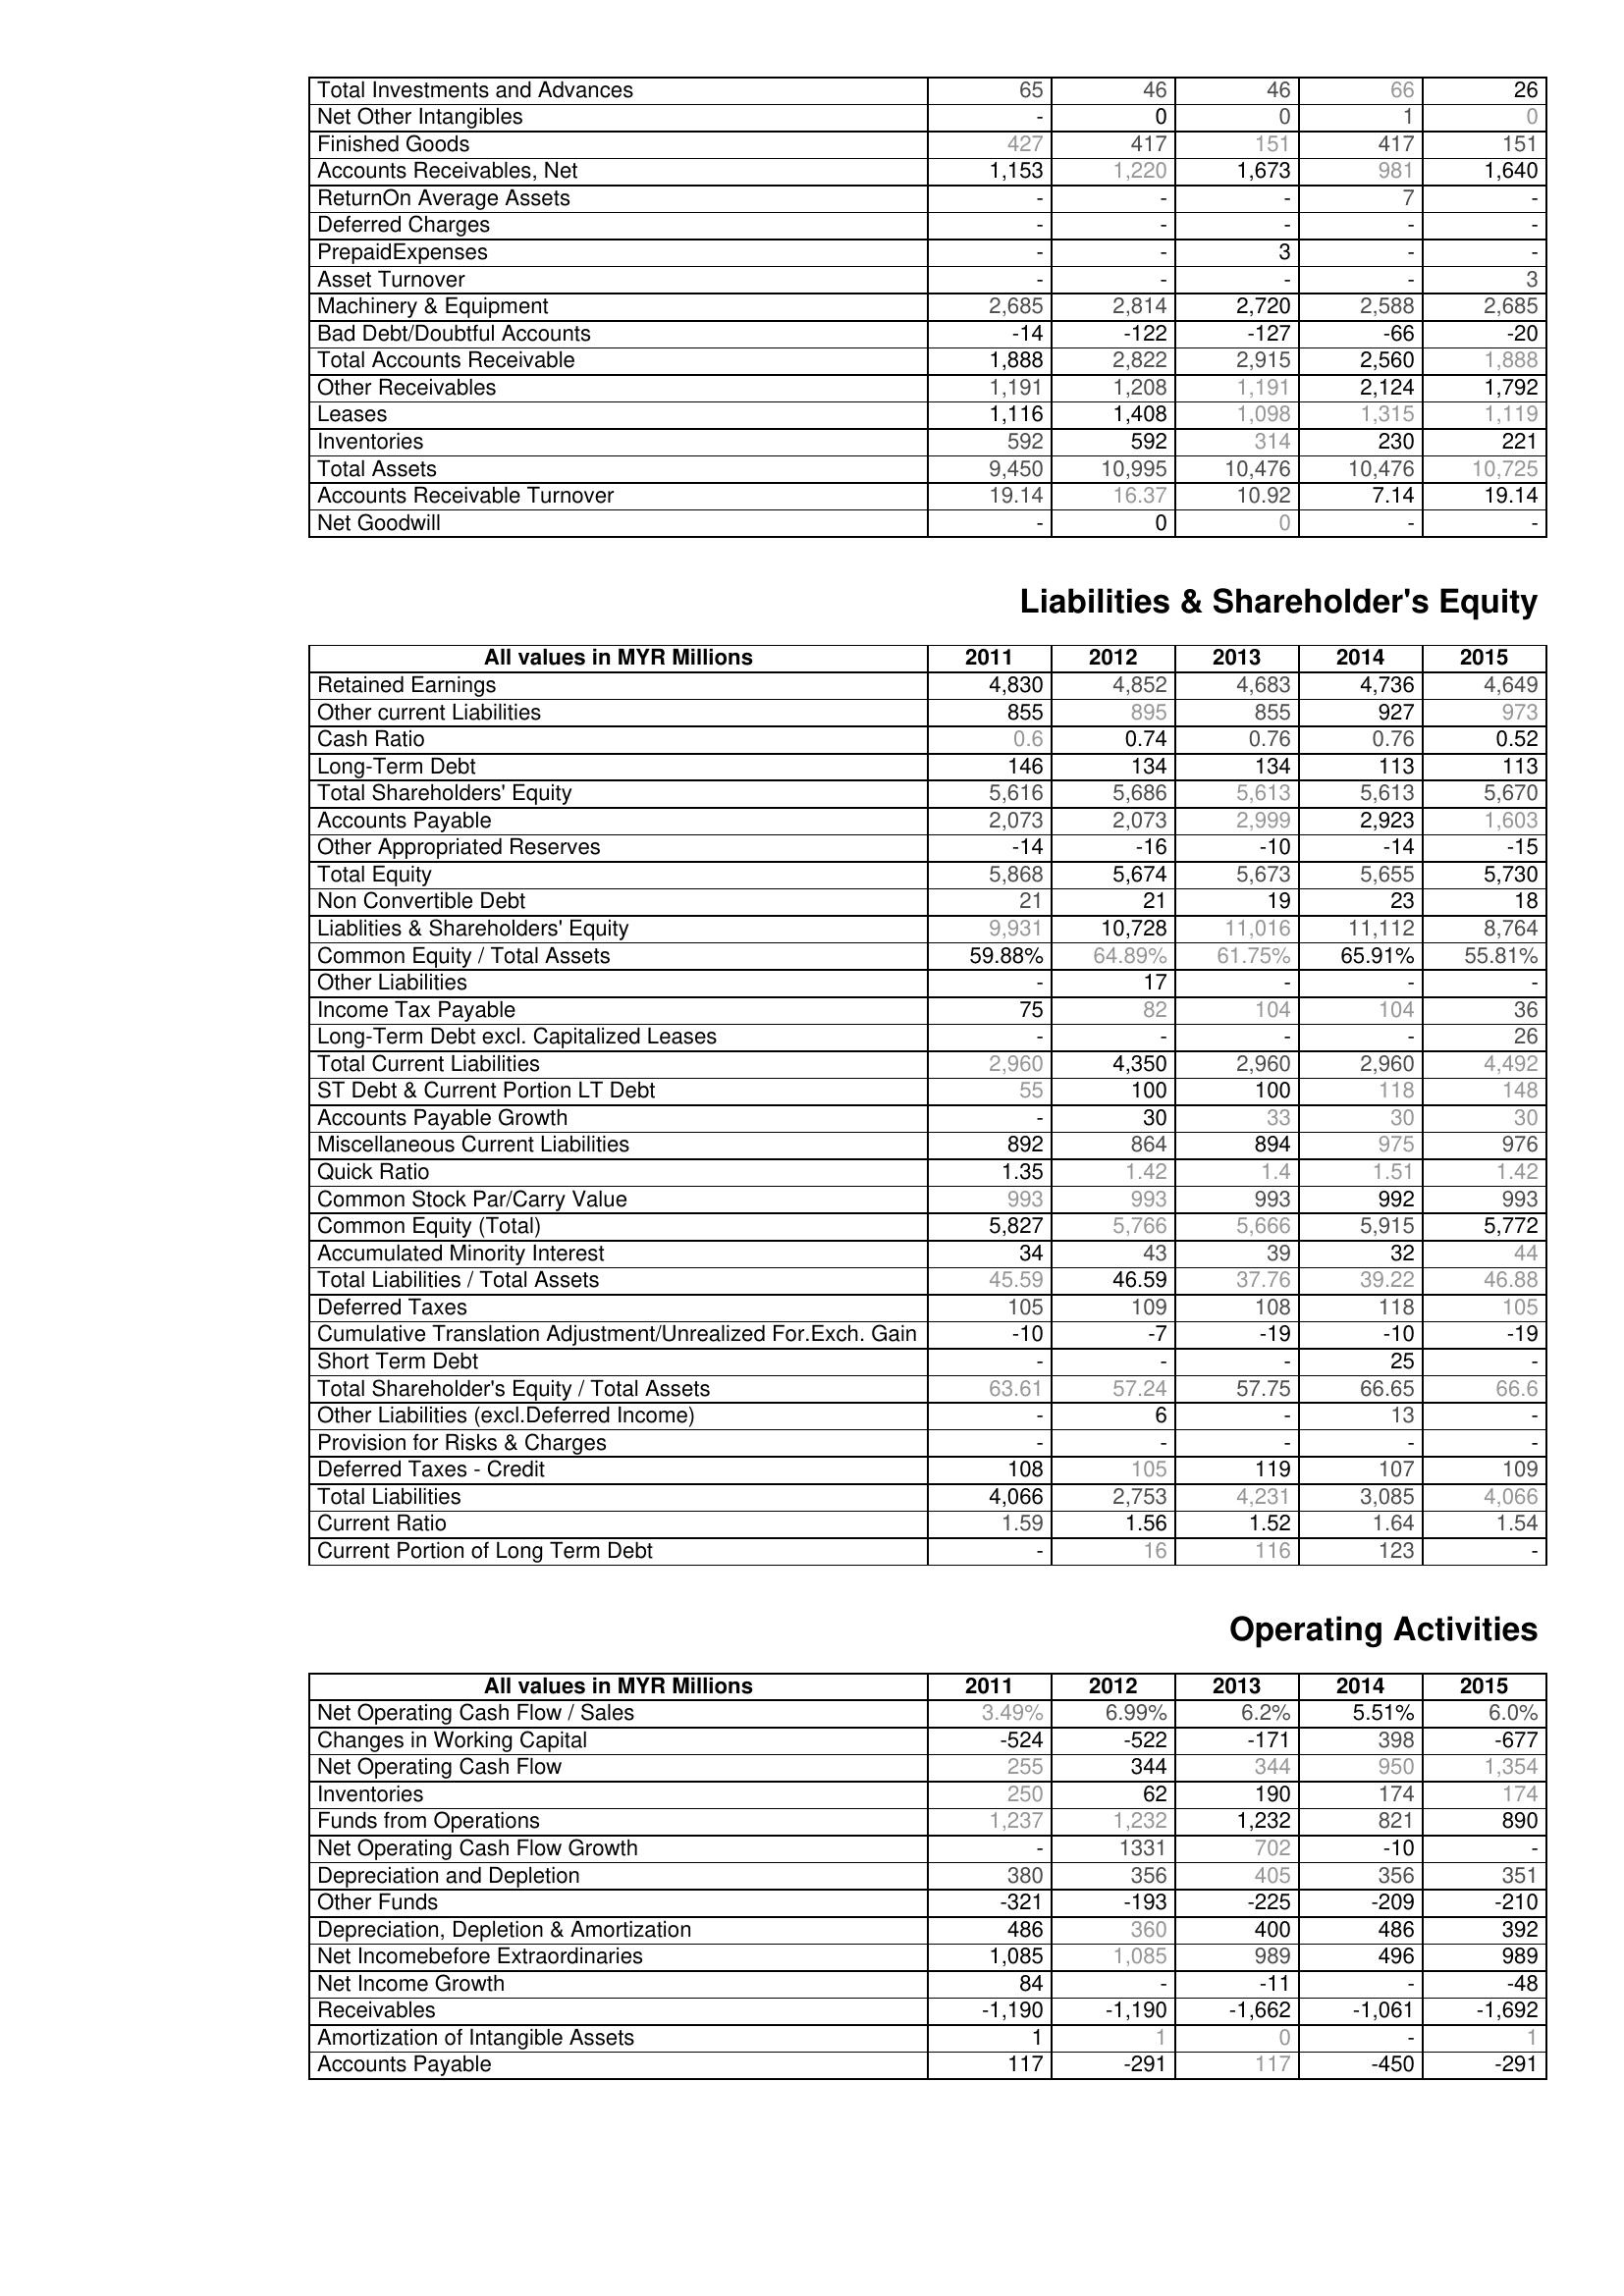
2011: Assets: Total Investments and Advances: 65
Net Other Intangibles: -
Finished Goods: 427
Accounts Receivables, Net: 1,153
ReturnOn Average Assets: -
Deferred Charges: -
PrepaidExpenses: -
Asset Turnover: -
Machinery & Equipment: 2,685
Bad Debt/Doubtful Accounts: -14
Total Accounts Receivable: 1,888
Other Receivables: 1,191
Leases: 1,116
Inventories: 592
Total Assets: 9,450
Accounts Receivable Turnover: 19.14
Net Goodwill: -
Liabilities & Shareholder's Equity: Retained Earnings: 4,830
Other current Liabilities: 855
Cash Ratio: 0.6
Long-Term Debt: 146
Total Shareholders' Equity: 5,616
Accounts Payable: 2,073
Other Appropriated Reserves: -14
Total Equity: 5,868
Non Convertible Debt: 21
Liablities & Shareholders' Equity: 9,931
Common Equity / Total Assets: 59.88%
Other Liabilities: -
Income Tax Payable: 75
Long-Term Debt excl. Capitalized Leases: -
Total Current Liabilities: 2,960
ST Debt & Current Portion LT Debt: 55
Accounts Payable Growth: -
Miscellaneous Current Liabilities: 892
Quick Ratio: 1.35
Common Stock Par/Carry Value: 993
Common Equity (Total): 5,827
Accumulated Minority Interest: 34
Total Liabilities / Total Assets: 45.59
Deferred Taxes: 105
Cumulative Translation Adjustment/Unrealized For.Exch. Gain: -10
Short Term Debt: -
Total Shareholder's Equity / Total Assets: 63.61
Other Liabilities (excl.Deferred Income): -
Provision for Risks & Charges: -
Deferred Taxes - Credit: 108
Total Liabilities: 4,066
Current Ratio: 1.59
Current Portion of Long Term Debt: -
Operating Activities: Net Operating Cash Flow / Sales: 3.49%
Changes in Working Capital: -524
Net Operating Cash Flow: 255
Inventories: 250
Funds from Operations: 1,237
Net Operating Cash Flow Growth: -
Depreciation and Depletion: 380
Other Funds: -321
Depreciation, Depletion & Amortization: 486
Net Incomebefore Extraordinaries: 1,085
Net Income Growth: 84
Receivables: -1,190
Amortization of Intangible Assets: 1
Accounts Payable: 117
2012: Assets: Total Investments and Advances: 46
Net Other Intangibles: 0
Finished Goods: 417
Accounts Receivables, Net: 1,220
ReturnOn Average Assets: -
Deferred Charges: -
PrepaidExpenses: -
Asset Turnover: -
Machinery & Equipment: 2,814
Bad Debt/Doubtful Accounts: -122
Total Accounts Receivable: 2,822
Other Receivables: 1,208
Leases: 1,408
Inventories: 592
Total Assets: 10,995
Accounts Receivable Turnover: 16.37
Net Goodwill: 0
Liabilities & Shareholder's Equity: Retained Earnings: 4,852
Other current Liabilities: 895
Cash Ratio: 0.74
Long-Term Debt: 134
Total Shareholders' Equity: 5,686
Accounts Payable: 2,073
Other Appropriated Reserves: -16
Total Equity: 5,674
Non Convertible Debt: 21
Liablities & Shareholders' Equity: 10,728
Common Equity / Total Assets: 64.89%
Other Liabilities: 17
Income Tax Payable: 82
Long-Term Debt excl. Capitalized Leases: -
Total Current Liabilities: 4,350
ST Debt & Current Portion LT Debt: 100
Accounts Payable Growth: 30
Miscellaneous Current Liabilities: 864
Quick Ratio: 1.42
Common Stock Par/Carry Value: 993
Common Equity (Total): 5,766
Accumulated Minority Interest: 43
Total Liabilities / Total Assets: 46.59
Deferred Taxes: 109
Cumulative Translation Adjustment/Unrealized For.Exch. Gain: -7
Short Term Debt: -
Total Shareholder's Equity / Total Assets: 57.24
Other Liabilities (excl.Deferred Income): 6
Provision for Risks & Charges: -
Deferred Taxes - Credit: 105
Total Liabilities: 2,753
Current Ratio: 1.56
Current Portion of Long Term Debt: 16
Operating Activities: Net Operating Cash Flow / Sales: 6.99%
Changes in Working Capital: -522
Net Operating Cash Flow: 344
Inventories: 62
Funds from Operations: 1,232
Net Operating Cash Flow Growth: 1331
Depreciation and Depletion: 356
Other Funds: -193
Depreciation, Depletion & Amortization: 360
Net Incomebefore Extraordinaries: 1,085
Net Income Growth: -
Receivables: -1,190
Amortization of Intangible Assets: 1
Accounts Payable: -291
2013: Assets: Total Investments and Advances: 46
Net Other Intangibles: 0
Finished Goods: 151
Accounts Receivables, Net: 1,673
ReturnOn Average Assets: -
Deferred Charges: -
PrepaidExpenses: 3
Asset Turnover: -
Machinery & Equipment: 2,720
Bad Debt/Doubtful Accounts: -127
Total Accounts Receivable: 2,915
Other Receivables: 1,191
Leases: 1,098
Inventories: 314
Total Assets: 10,476
Accounts Receivable Turnover: 10.92
Net Goodwill: 0
Liabilities & Shareholder's Equity: Retained Earnings: 4,683
Other current Liabilities: 855
Cash Ratio: 0.76
Long-Term Debt: 134
Total Shareholders' Equity: 5,613
Accounts Payable: 2,999
Other Appropriated Reserves: -10
Total Equity: 5,673
Non Convertible Debt: 19
Liablities & Shareholders' Equity: 11,016
Common Equity / Total Assets: 61.75%
Other Liabilities: -
Income Tax Payable: 104
Long-Term Debt excl. Capitalized Leases: -
Total Current Liabilities: 2,960
ST Debt & Current Portion LT Debt: 100
Accounts Payable Growth: 33
Miscellaneous Current Liabilities: 894
Quick Ratio: 1.4
Common Stock Par/Carry Value: 993
Common Equity (Total): 5,666
Accumulated Minority Interest: 39
Total Liabilities / Total Assets: 37.76
Deferred Taxes: 108
Cumulative Translation Adjustment/Unrealized For.Exch. Gain: -19
Short Term Debt: -
Total Shareholder's Equity / Total Assets: 57.75
Other Liabilities (excl.Deferred Income): -
Provision for Risks & Charges: -
Deferred Taxes - Credit: 119
Total Liabilities: 4,231
Current Ratio: 1.52
Current Portion of Long Term Debt: 116
Operating Activities: Net Operating Cash Flow / Sales: 6.2%
Changes in Working Capital: -171
Net Operating Cash Flow: 344
Inventories: 190
Funds from Operations: 1,232
Net Operating Cash Flow Growth: 702
Depreciation and Depletion: 405
Other Funds: -225
Depreciation, Depletion & Amortization: 400
Net Incomebefore Extraordinaries: 989
Net Income Growth: -11
Receivables: -1,662
Amortization of Intangible Assets: 0
Accounts Payable: 117
2014: Assets: Total Investments and Advances: 66
Net Other Intangibles: 1
Finished Goods: 417
Accounts Receivables, Net: 981
ReturnOn Average Assets: 7
Deferred Charges: -
PrepaidExpenses: -
Asset Turnover: -
Machinery & Equipment: 2,588
Bad Debt/Doubtful Accounts: -66
Total Accounts Receivable: 2,560
Other Receivables: 2,124
Leases: 1,315
Inventories: 230
Total Assets: 10,476
Accounts Receivable Turnover: 7.14
Net Goodwill: -
Liabilities & Shareholder's Equity: Retained Earnings: 4,736
Other current Liabilities: 927
Cash Ratio: 0.76
Long-Term Debt: 113
Total Shareholders' Equity: 5,613
Accounts Payable: 2,923
Other Appropriated Reserves: -14
Total Equity: 5,655
Non Convertible Debt: 23
Liablities & Shareholders' Equity: 11,112
Common Equity / Total Assets: 65.91%
Other Liabilities: -
Income Tax Payable: 104
Long-Term Debt excl. Capitalized Leases: -
Total Current Liabilities: 2,960
ST Debt & Current Portion LT Debt: 118
Accounts Payable Growth: 30
Miscellaneous Current Liabilities: 975
Quick Ratio: 1.51
Common Stock Par/Carry Value: 992
Common Equity (Total): 5,915
Accumulated Minority Interest: 32
Total Liabilities / Total Assets: 39.22
Deferred Taxes: 118
Cumulative Translation Adjustment/Unrealized For.Exch. Gain: -10
Short Term Debt: 25
Total Shareholder's Equity / Total Assets: 66.65
Other Liabilities (excl.Deferred Income): 13
Provision for Risks & Charges: -
Deferred Taxes - Credit: 107
Total Liabilities: 3,085
Current Ratio: 1.64
Current Portion of Long Term Debt: 123
Operating Activities: Net Operating Cash Flow / Sales: 5.51%
Changes in Working Capital: 398
Net Operating Cash Flow: 950
Inventories: 174
Funds from Operations: 821
Net Operating Cash Flow Growth: -10
Depreciation and Depletion: 356
Other Funds: -209
Depreciation, Depletion & Amortization: 486
Net Incomebefore Extraordinaries: 496
Net Income Growth: -
Receivables: -1,061
Amortization of Intangible Assets: -
Accounts Payable: -450
2015: Assets: Total Investments and Advances: 26
Net Other Intangibles: 0
Finished Goods: 151
Accounts Receivables, Net: 1,640
ReturnOn Average Assets: -
Deferred Charges: -
PrepaidExpenses: -
Asset Turnover: 3
Machinery & Equipment: 2,685
Bad Debt/Doubtful Accounts: -20
Total Accounts Receivable: 1,888
Other Receivables: 1,792
Leases: 1,119
Inventories: 221
Total Assets: 10,725
Accounts Receivable Turnover: 19.14
Net Goodwill: -
Liabilities & Shareholder's Equity: Retained Earnings: 4,649
Other current Liabilities: 973
Cash Ratio: 0.52
Long-Term Debt: 113
Total Shareholders' Equity: 5,670
Accounts Payable: 1,603
Other Appropriated Reserves: -15
Total Equity: 5,730
Non Convertible Debt: 18
Liablities & Shareholders' Equity: 8,764
Common Equity / Total Assets: 55.81%
Other Liabilities: -
Income Tax Payable: 36
Long-Term Debt excl. Capitalized Leases: 26
Total Current Liabilities: 4,492
ST Debt & Current Portion LT Debt: 148
Accounts Payable Growth: 30
Miscellaneous Current Liabilities: 976
Quick Ratio: 1.42
Common Stock Par/Carry Value: 993
Common Equity (Total): 5,772
Accumulated Minority Interest: 44
Total Liabilities / Total Assets: 46.88
Deferred Taxes: 105
Cumulative Translation Adjustment/Unrealized For.Exch. Gain: -19
Short Term Debt: -
Total Shareholder's Equity / Total Assets: 66.6
Other Liabilities (excl.Deferred Income): -
Provision for Risks & Charges: -
Deferred Taxes - Credit: 109
Total Liabilities: 4,066
Current Ratio: 1.54
Current Portion of Long Term Debt: -
Operating Activities: Net Operating Cash Flow / Sales: 6.0%
Changes in Working Capital: -677
Net Operating Cash Flow: 1,354
Inventories: 174
Funds from Operations: 890
Net Operating Cash Flow Growth: -
Depreciation and Depletion: 351
Other Funds: -210
Depreciation, Depletion & Amortization: 392
Net Incomebefore Extraordinaries: 989
Net Income Growth: -48
Receivables: -1,692
Amortization of Intangible Assets: 1
Accounts Payable: -291